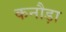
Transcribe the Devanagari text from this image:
कनौड़ा